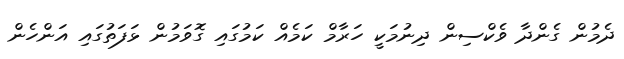
ދެމުން ގެންދާ ވެކްސިން ދިނުމަކީ ހަރާމް ކަމެއް ކަމުގައި ގޮވަމުން ޅަފަތުގައި އަންހެން